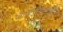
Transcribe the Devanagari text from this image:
आकारमानही